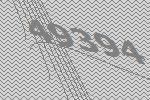
49394